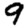
Digit: 9